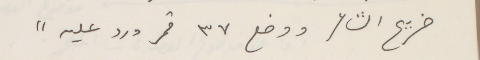
ضريح الشاعر ووضع ٣٧ قمر ورد عليه"